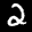
Label: 2